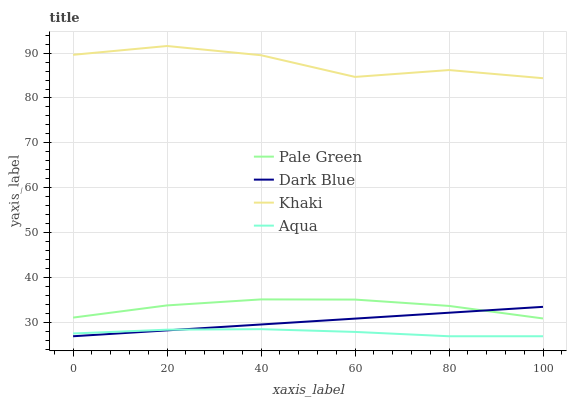
| xaxis_label | Pale Green | Dark Blue | Khaki | Aqua |
 | --- | --- | --- | --- | --- |
 | 0 | 31.2 | 27 | 89.6 | 27.6 |
 | 20 | 33.9 | 28.3 | 91.6 | 28.5 |
 | 40 | 35.2 | 29.6 | 89.5 | 28.6 |
 | 60 | 35.2 | 30.9 | 84.7 | 28 |
 | 80 | 33.7 | 32.2 | 86.2 | 27 |
 | 100 | 31 | 33.5 | 84.4 | 27 |